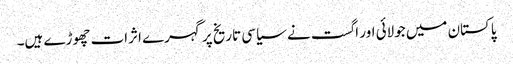
پاکستان میں جولائی اور اگست نے سیاسی تاریخ پر گہرے اثرات چھوڑے ہیں۔